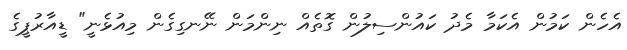
އެހެން ކަމުން އެކަމާ މެދު ކައުންސިލުން ގޮތެއް ނިންމަން ނޭނގިގެން މިއުޅެނީ" ޑީއާރުޕީގެ